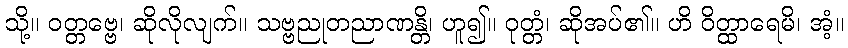
သို့။ ဝတ္တဗ္ဗေ၊ ဆိုလိုလျက်။ သဗ္ဗညုတညာဏန္တိ၊ ဟူ၍။ ဝုတ္တံ၊ ဆိုအပ်၏။ ဟိ ဝိတ္ထာရေမိ၊ အံ့။